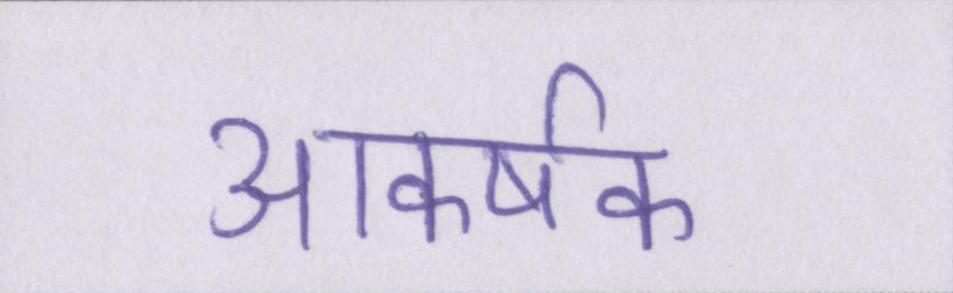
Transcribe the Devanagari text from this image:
आकर्षक